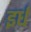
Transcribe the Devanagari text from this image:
इर्ध